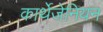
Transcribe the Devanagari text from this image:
कार्थेजेनियन